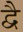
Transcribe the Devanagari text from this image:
द्वेै